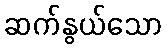
ဆက်နွယ်သော